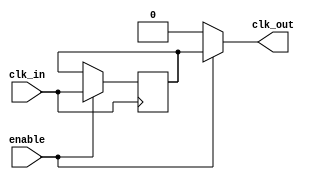
module clock_buffer (
    input wire clk_in,       // Clock input
    input wire enable,       // Enable signal for the clock output
    output wire clk_out      // Buffered clock output
);

// Internal signal for the buffered clock
reg clk_buf;

// Always block to buffer the clock signal
always @(posedge clk_in) begin
    if (enable) begin
        clk_buf <= clk_in;  // Buffer the clock when enabled
    end
end

// Assign the buffered clock to the output
assign clk_out = enable ? clk_buf : 1'b0; // Output 0 when disabled

endmodule